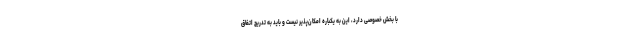
با بخش خصوصی دارد، این به یکباره امکان‌پذیر نیست و باید به تدریج اتفاق